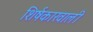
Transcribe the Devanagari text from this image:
शिर्षकाखाली